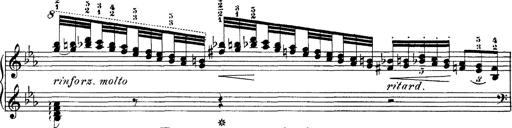
Title: Hungarian Rhapsody No.4
Composer: Franz Liszt
Key: E-flat major